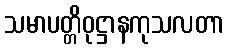
သမာပတ္တိဝုဋ္ဌာနကုသလတာ